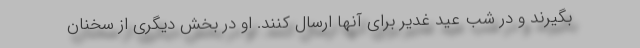
بگیرند و در شب عید غدیر برای آنها ارسال کنند. او در بخش دیگری از سخنان